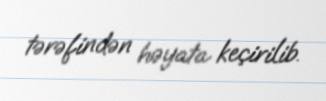
tərəfindən həyata keçirilib.